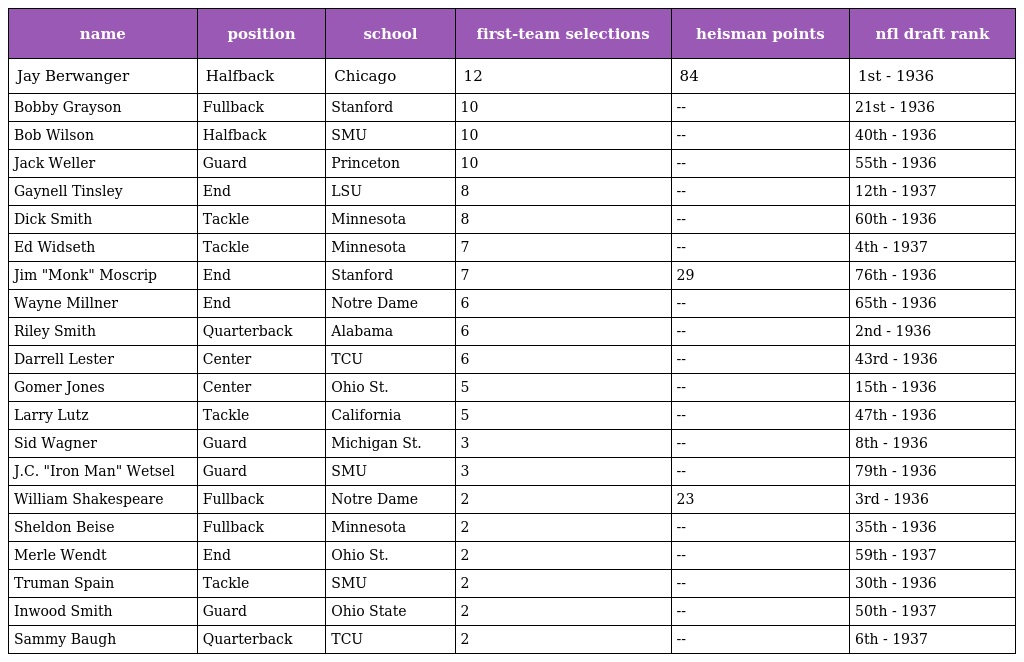
| name | position | school | first-team selections | heisman points | nfl draft rank |
 | --- | --- | --- | --- | --- | --- |
 | Jay Berwanger | Halfback | Chicago | 12 | 84 | 1st - 1936 |
 | Bobby Grayson | Fullback | Stanford | 10 | -- | 21st - 1936 |
 | Bob Wilson | Halfback | SMU | 10 | -- | 40th - 1936 |
 | Jack Weller | Guard | Princeton | 10 | -- | 55th - 1936 |
 | Gaynell Tinsley | End | LSU | 8 | -- | 12th - 1937 |
 | Dick Smith | Tackle | Minnesota | 8 | -- | 60th - 1936 |
 | Ed Widseth | Tackle | Minnesota | 7 | -- | 4th - 1937 |
 | Jim "Monk" Moscrip | End | Stanford | 7 | 29 | 76th - 1936 |
 | Wayne Millner | End | Notre Dame | 6 | -- | 65th - 1936 |
 | Riley Smith | Quarterback | Alabama | 6 | -- | 2nd - 1936 |
 | Darrell Lester | Center | TCU | 6 | -- | 43rd - 1936 |
 | Gomer Jones | Center | Ohio St. | 5 | -- | 15th - 1936 |
 | Larry Lutz | Tackle | California | 5 | -- | 47th - 1936 |
 | Sid Wagner | Guard | Michigan St. | 3 | -- | 8th - 1936 |
 | J.C. "Iron Man" Wetsel | Guard | SMU | 3 | -- | 79th - 1936 |
 | William Shakespeare | Fullback | Notre Dame | 2 | 23 | 3rd - 1936 |
 | Sheldon Beise | Fullback | Minnesota | 2 | -- | 35th - 1936 |
 | Merle Wendt | End | Ohio St. | 2 | -- | 59th - 1937 |
 | Truman Spain | Tackle | SMU | 2 | -- | 30th - 1936 |
 | Inwood Smith | Guard | Ohio State | 2 | -- | 50th - 1937 |
 | Sammy Baugh | Quarterback | TCU | 2 | -- | 6th - 1937 |